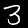
Label: 3